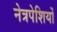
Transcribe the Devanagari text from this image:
नेत्रपेशियों